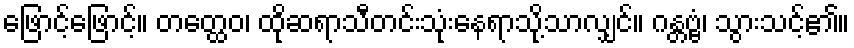
ဖြောင့်ဖြောင့်။ တတ္ထေဝ၊ ထိုဆရာသီတင်းသုံးနေရာသို့သာလျှင်။ ဂန္တဗ္ဗံ၊ သွားသင့်၏။